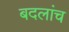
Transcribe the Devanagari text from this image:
बदलांच